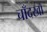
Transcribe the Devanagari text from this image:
चाँदखाँ